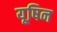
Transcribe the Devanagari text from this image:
यूषिन